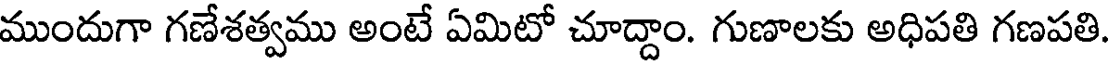
ముందుగా గణేశత్వము అంటే ఏమిటో చూద్దాం. గుణాలకు అధిపతి గణపతి.